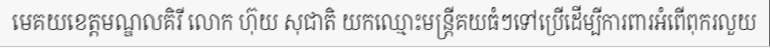
មេគយខេត្តមណ្ឌលគិរី លោក ហ៊ុយ សុជាតិ យកឈ្មោះមន្ត្រីគយធំៗទៅប្រើដើម្បីការពារអំពើពុករលួយ